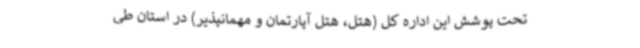
تحت پوشش این اداره کل (هتل، هتل آپارتمان و مهمانپذیر) در استان طی